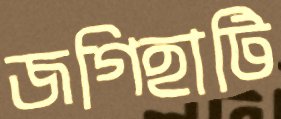
জগিহাটি